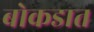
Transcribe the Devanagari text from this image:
बोकडात